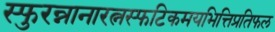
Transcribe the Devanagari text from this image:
स्फुरन्नानारत्नस्फटिकमयभित्तिप्रतिफल